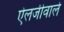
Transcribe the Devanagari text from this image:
ऐलर्जीवाले